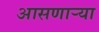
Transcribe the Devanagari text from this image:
आसणाऱ्या